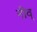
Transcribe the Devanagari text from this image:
नीव्